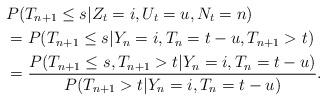
LaTeX: \begin{align*}&P(T_{n+1}\le s|Z_t = i,U_t = u,N_t=n)\\&=P(T_{n+1}\le s|Y_n = i,T_n = t-u,T_{n+1}> t)\\&=\frac{P(T_{n+1}\le s,T_{n+1}>t|Y_n=i,T_n=t-u)}{P(T_{n+1}> t|Y_n=i,T_n=t-u)}.\end{align*}